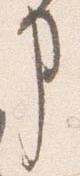
事